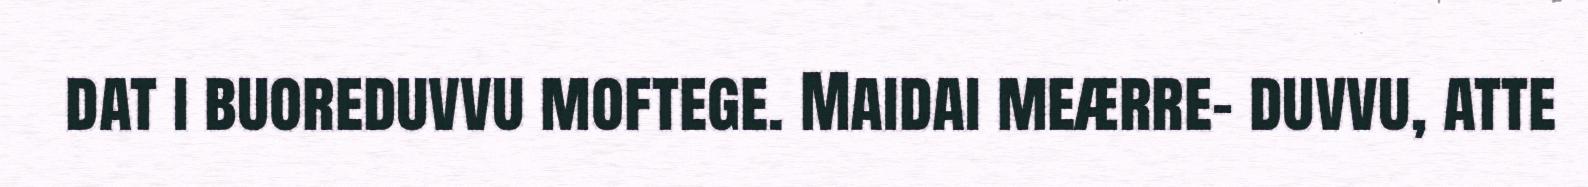
dat i buoreduvvu moftege. Maidai meærre- duvvu, atte